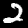
Digit: 2